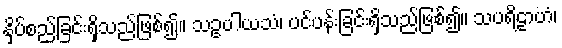
နှိပ်စည်ခြင်းရှိသည်ဖြစ်၍။ သဥပါယသံ၊ ပင်ပန်းခြင်းရှိသည်ဖြစ်၍။ သပရိဠာဟံ၊